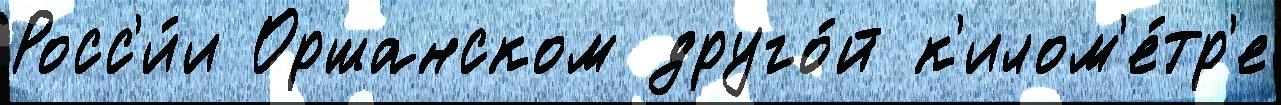
Росс'и́и Оршанском друго́й к'илом'е́тр'е